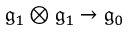
{ \mathfrak { g } } _ { 1 } \otimes { \mathfrak { g } } _ { 1 } \rightarrow { \mathfrak { g } } _ { 0 }